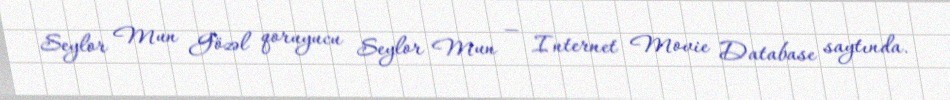
Seylor Mun Gözəl qoruyucu Seylor Mun — Internet Movie Database saytında.